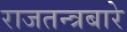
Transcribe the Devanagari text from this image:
राजतन्त्रबारे